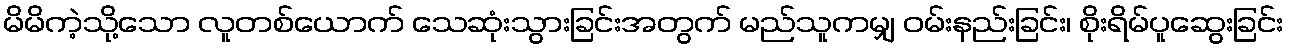
မိမိကဲ့သို့သော လူတစ်ယောက် သေဆုံးသွားခြင်းအတွက် မည်သူကမျှ ဝမ်းနည်းခြင်း၊ စိုးရိမ်ပူဆွေးခြင်း